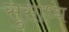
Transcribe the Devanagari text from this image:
सुसाध्‍य